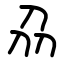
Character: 刕